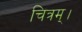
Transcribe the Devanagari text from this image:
चित्रम्।